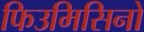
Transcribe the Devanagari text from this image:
फिउमिसिनो